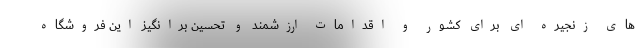
های زنجیره ای برای کشور و اقدامات ارزشمند و تحسین برانگیز این فروشگاه